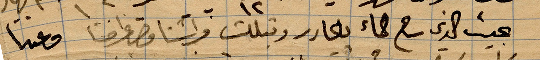
بحيث الذي ... الماء ينحدر وتبللت فراشنا فصرنا ...